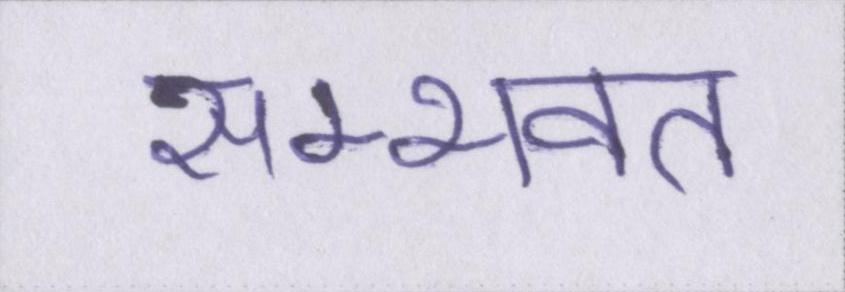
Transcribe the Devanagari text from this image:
सम्भवत